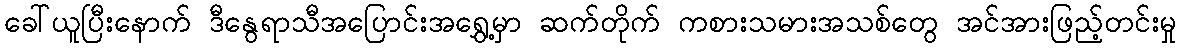
ခေါ်ယူပြီးနောက် ဒီနွေရာသီအပြောင်းအရွှေ့မှာ ဆက်တိုက် ကစားသမားအသစ်တွေ အင်အားဖြည့်တင်းမှု